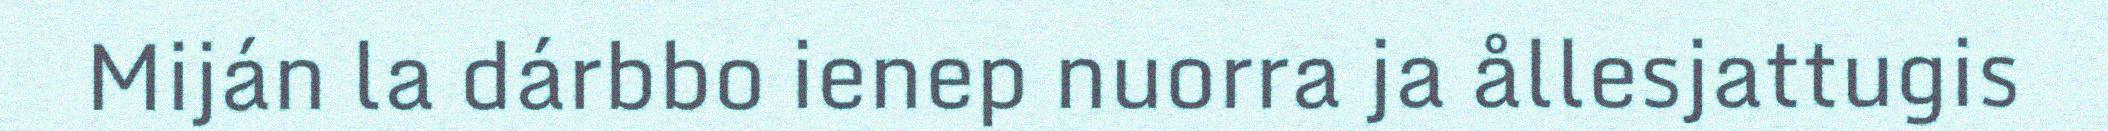
Miján la dárbbo ienep nuorra ja ållesjattugis